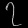
Digit: ၇